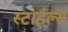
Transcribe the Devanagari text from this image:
स्टाईल्स